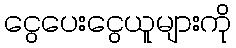
ငွေပေးငွေယူများကို